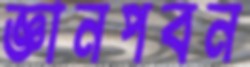
জ্ঞানপবন